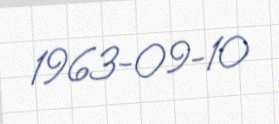
1963-09-10